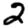
Digit: 2